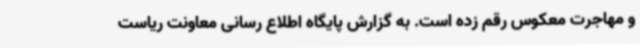
و مهاجرت معکوس رقم زده است. به گزارش پایگاه اطلاع رسانی معاونت ریاست